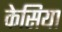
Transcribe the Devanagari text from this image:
केसिया